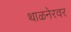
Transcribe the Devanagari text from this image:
थाळनेरवर